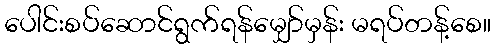
ပေါင်းစပ်ဆောင်ရွက်ရန်မျှော်မှန်း မရပ်တန့်စေ။